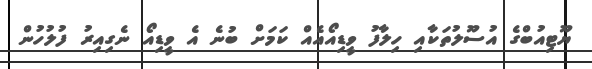
ޔޫޓިއުބްގެ އުސޫލުތަކާއި ހިލާފު ވީޑިއޯއެއް ކަމަށް ބުނެ އެ ވީޑިއޯ ނެގިއިރު ފުލުހުން